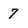
Character: 7